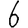
Digit: 6